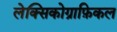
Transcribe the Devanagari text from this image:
लेक्सिकोग्राफ़िकल